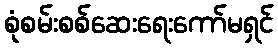
စုံစမ်းစစ်ဆေးရေးကော်မရှင်